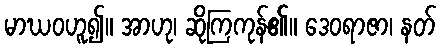
မာဃဝဟူ၍။ အာဟု၊ ဆိုကြကုန်၏။ ဒေဝရာဇာ၊ နတ်